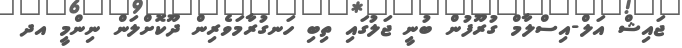
ޖައިޝް އަލް-އިސްލާމް ގުރޫފުން ބުނީ ޖަލުގައި ތިބި ހަނގުރާމަވެރިން ދޫކޮށްލަން ނިންމީ އދ